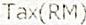
TAX(RM)